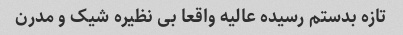
تازه بدستم رسیده عالیه واقعا بی نظیره شیک و مدرن